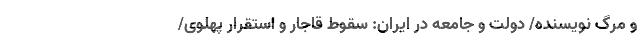
و مرگ نویسنده/ دولت و جامعه در ایران: سقوط قاجار و استقرار پهلوی/